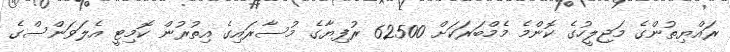
ރައްޔިތުންގެ މަޖިލީހުގެ ކޮންމެ މެމްބަރަކަށް 62500 ރުފިޔާގެ މުސާރައިގެ އިތުރުން ކޮމިޓީ އެލަވަންސްގެ